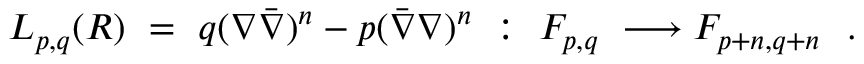
L _ { p , q } ( { \cal R } ) \ = \ q ( \nabla \bar { \nabla } ) ^ { n } - p ( \bar { \nabla } \nabla ) ^ { n } \ : \ { \cal F } _ { p , q } \ \longrightarrow { \cal F } _ { p + n , q + n } \ \ .